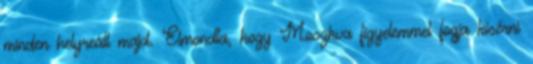
minden helyreáll majd. Elmondta, hogy Moszkva figyelemmel fogja kísérni